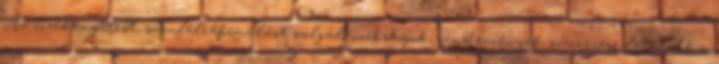
Az érzékenyítést, szemléletformálást szolgáló workshopok, rendezvények szervezése legalább a